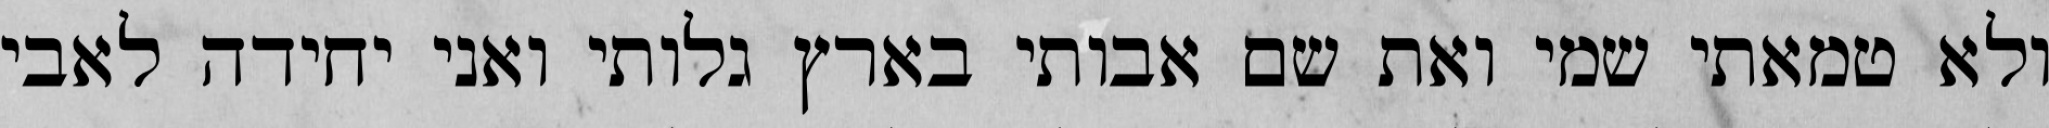
ולא טמאתי שמי ואת שם אבותי בארץ גלותי ואני יחידה לאבי